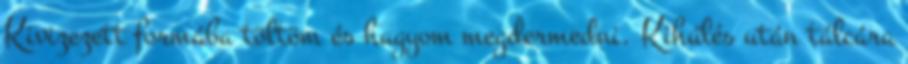
Kivizezett formába töltöm és hagyom megdermedni. Kihűlés után tálcára